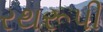
રથરૂપી